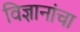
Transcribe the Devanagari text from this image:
विज्ञानांचा